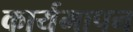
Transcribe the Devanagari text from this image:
कार्यमापन